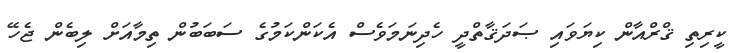
ކީރިތި ޤްރްއާން ކިޔަވައި ޞަދަޤާތްދީ ހެދިނަމަވެސް އެކަންކަމުގެ ސަބަބުން ތިމާއަށް ލިބެން ޖެހޭ